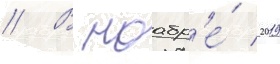
// В ноабр'е́ 2019